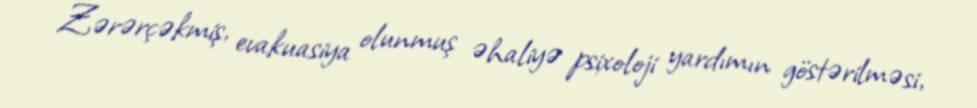
Zərərçəkmiş, evakuasiya olunmuş əhaliyə psixoloji yardımın göstərilməsi,